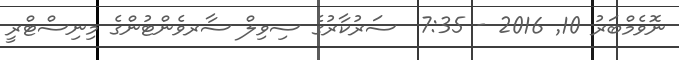
ނޮވެމްބަރު 10